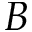
\boldsymbol { B }